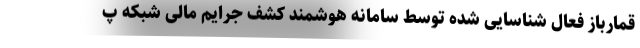
قمارباز فعال شناسایی شده توسط سامانه هوشمند کشف جرایم مالی شبکه پ